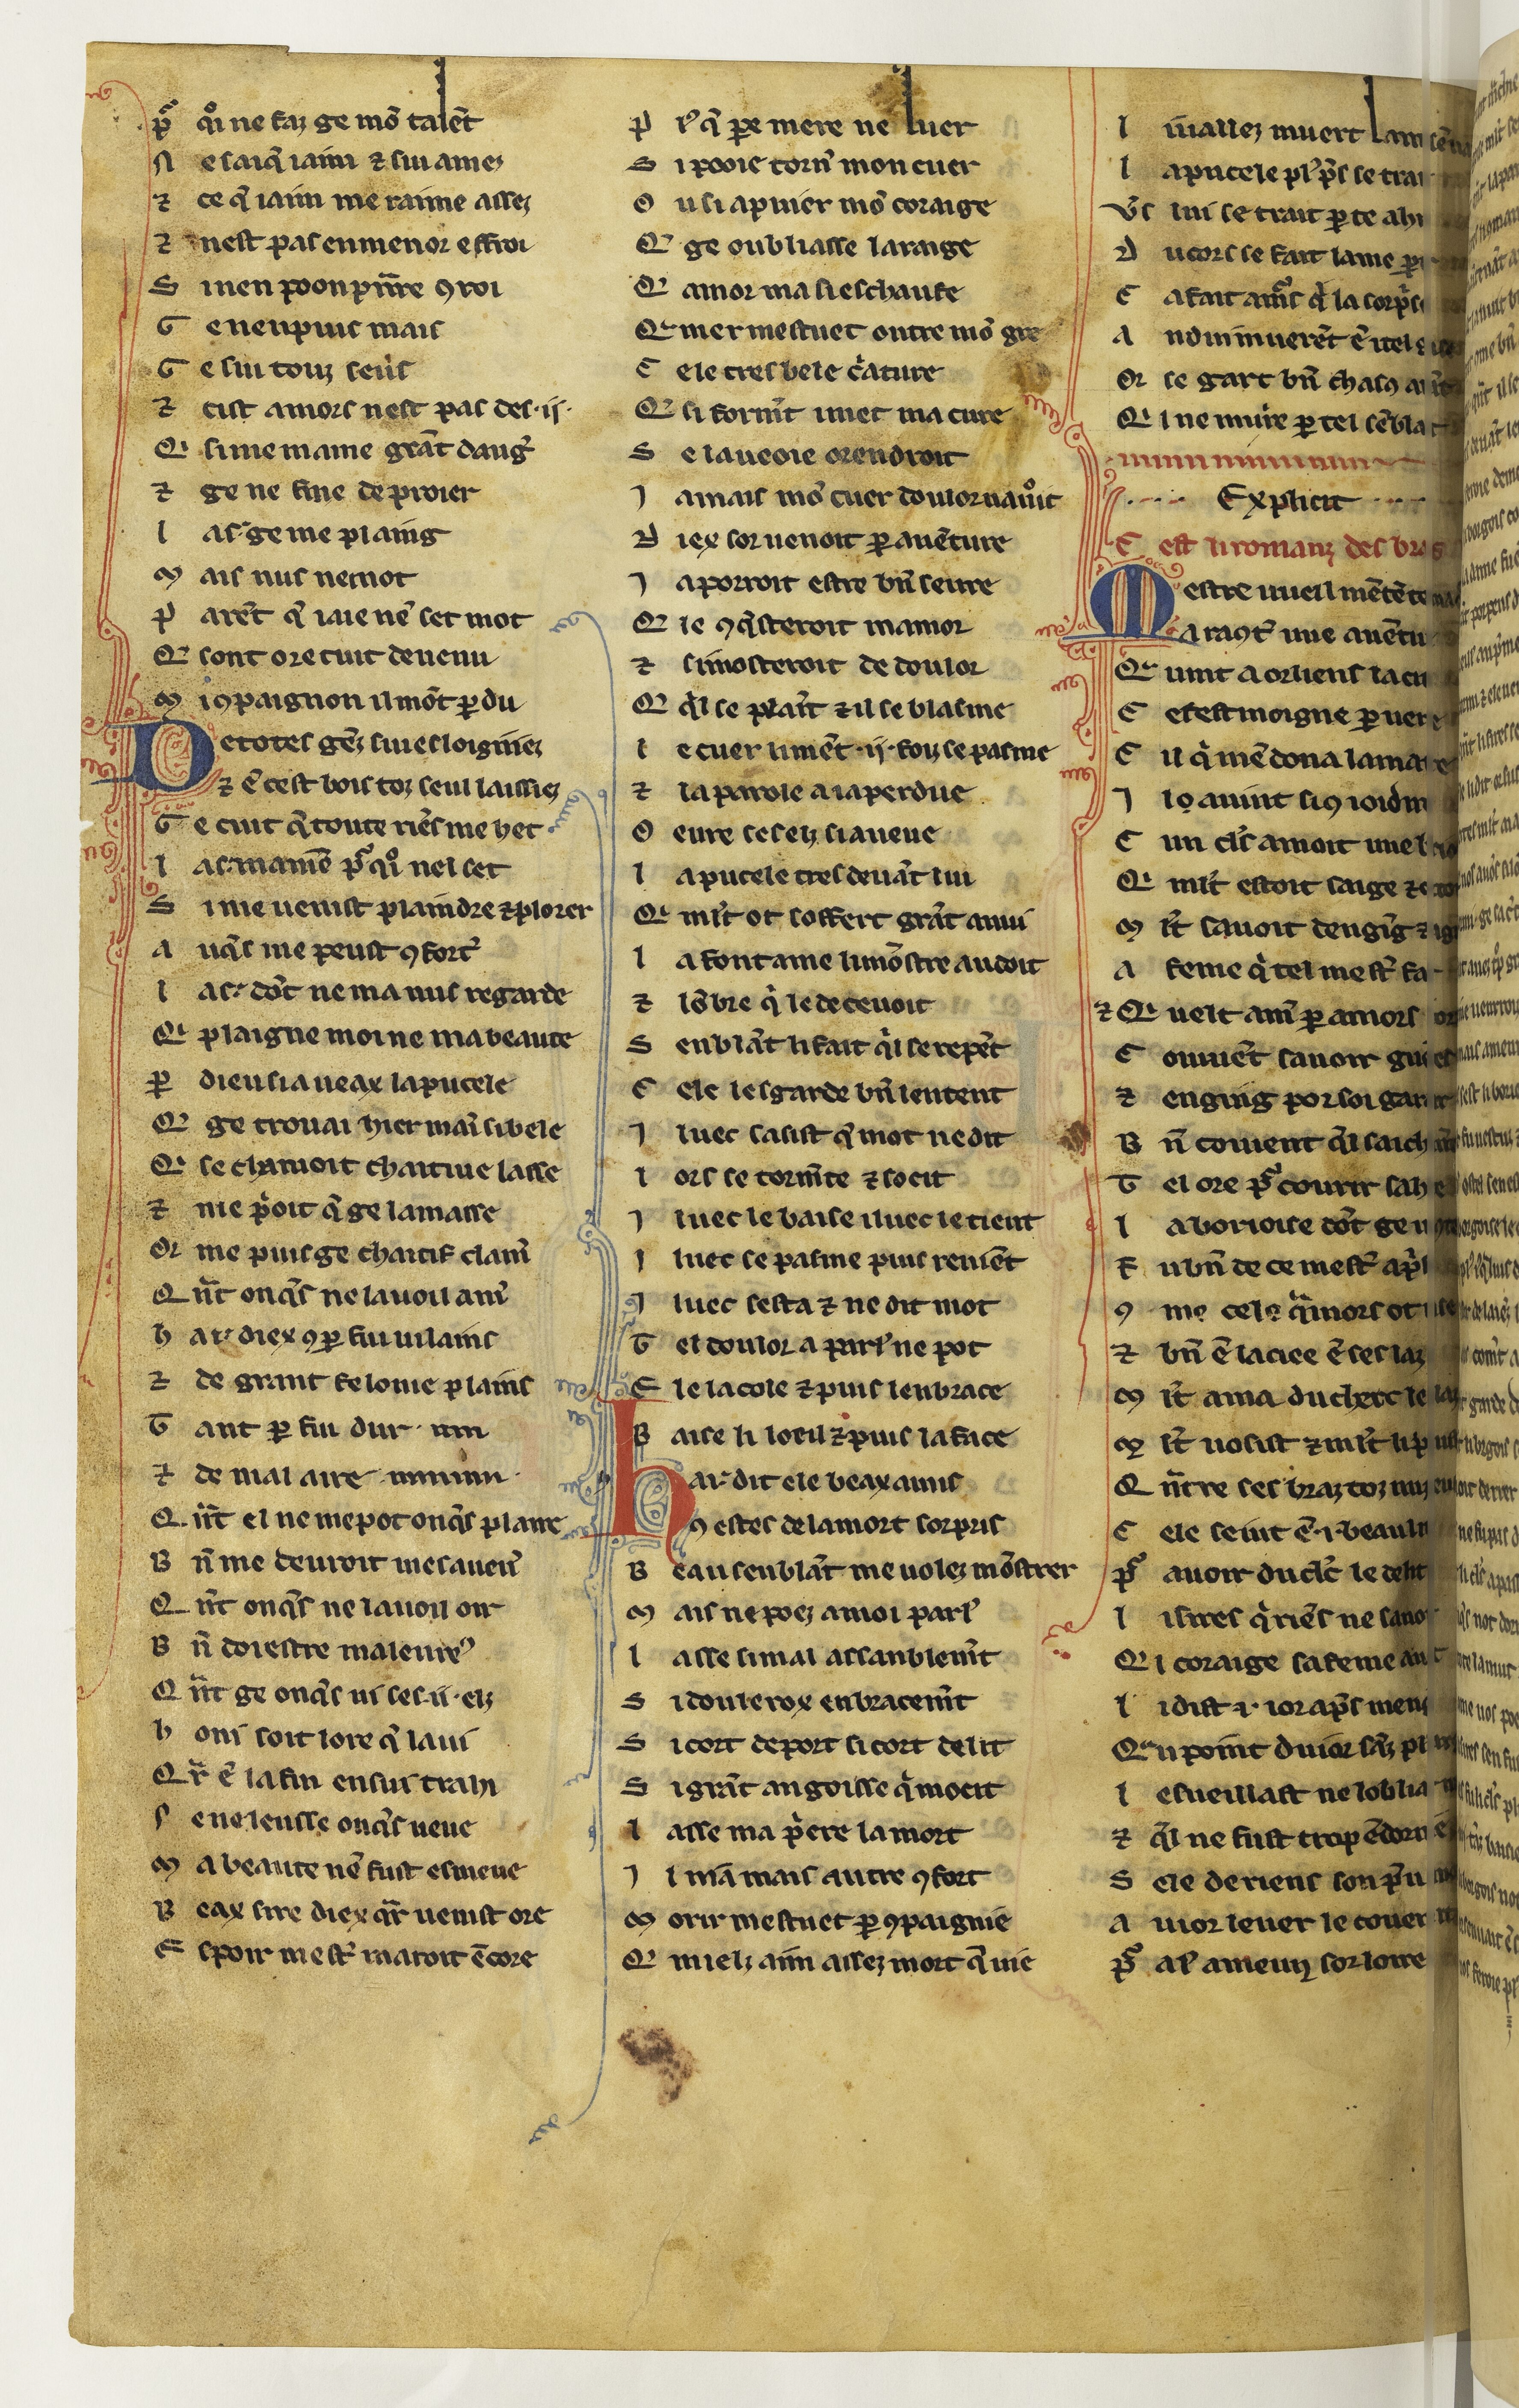
Shelfmark: Paris, BnF, fr. 19152
Century: 13